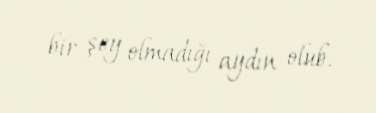
bir şey olmadığı aydın olub.